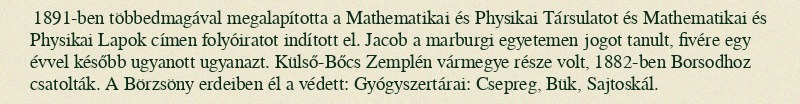
1891-ben többedmagával megalapította a Mathematikai és Physikai Társulatot és Mathematikai és Physikai Lapok címen folyóiratot indított el. Jacob a marburgi egyetemen jogot tanult, fivére egy évvel később ugyanott ugyanazt. Külső-Bőcs Zemplén vármegye része volt, 1882-ben Borsodhoz csatolták. A Börzsöny erdeiben él a védett: Gyógyszertárai: Csepreg, Bük, Sajtoskál.